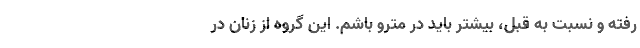
رفته و نسبت به قبل، بیشتر باید در مترو باشم. این گروه از زنان در